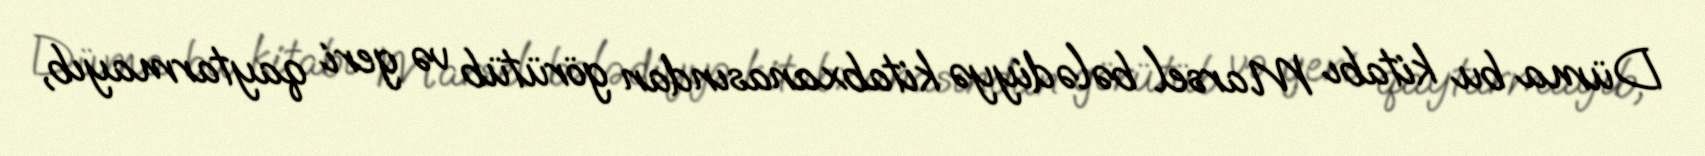
Düma bu kitabı Marsel bələdiyyə kitabxanasından görütüb və geri qaytarmayıb,